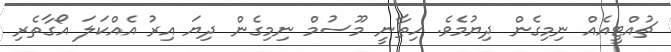
ޗުއްޓީއެއް ނިމިގެން ދިޔުމެވެ. ހިތާނީ މޫސުމް ނިމިގެން ދިޔަ އިރު އެއްކަލަ އޯގާތެރި